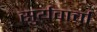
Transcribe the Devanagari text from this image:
सुर्यवार्चा